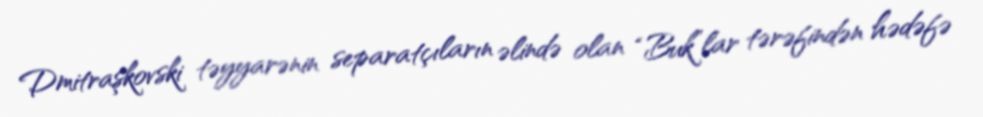
Dmitraşkovski təyyarənin separatçıların əlində olan “Buk”lar tərəfindən hədəfə